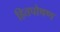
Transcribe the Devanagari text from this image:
हितपोषण